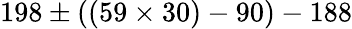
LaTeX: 198\pm((59\times 30)-90)-188